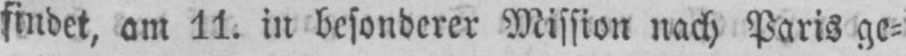
am 11. in besonderer Mission nach Paris ge⸗